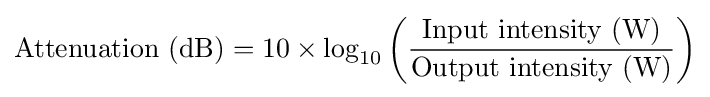
{\text{Attenuation (dB)}}=10\times \log _{10}\left({\frac {\text{Input intensity (W)}}{\text{Output intensity (W)}}}\right)